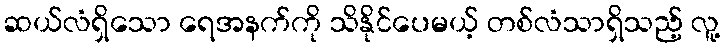
ဆယ်လံရှိသော ရေအနက်ကို သိနိုင်ပေမယ့် တစ်လံသာရှိသည့် လူ့